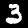
Label: 3